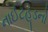
નાઈટહૂડનો